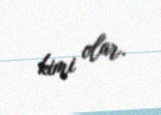
kimi olar.